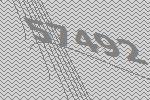
57492